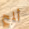
ألمح